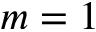
m = 1